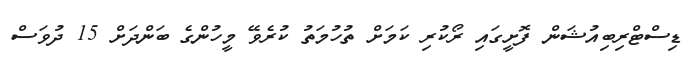
ޑިސްޓްރިބިއުޝަން ފޮށީގައި ރޯކުރި ކަމަށް ތުހުމަތު ކުރެވޭ މީހުންގެ ބަންދަށް 15 ދުުވަސް